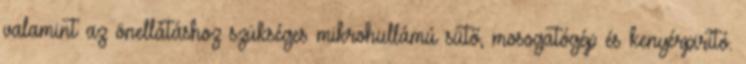
valamint az önellátáshoz szükséges mikrohullámú sütő, mosogatógép és kenyérpirító.